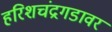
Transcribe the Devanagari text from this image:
हरिशचंद्रगडावर